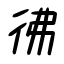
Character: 彿